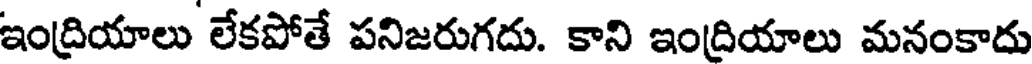
ఇంద్రియాలు లేకపోతే పనిజరుగదు. కాని ఇంద్రియాలు మనంకాదు